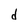
Character: d